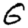
Digit: 6